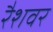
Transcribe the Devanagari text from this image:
रैशवर